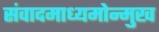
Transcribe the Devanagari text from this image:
संवादमाध्यमोन्मुख